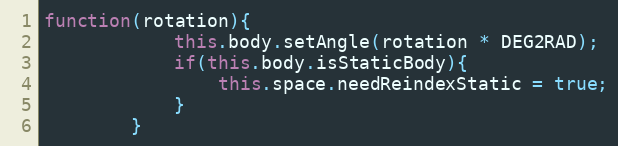
Language: JavaScript
function(rotation){
            this.body.setAngle(rotation * DEG2RAD);
            if(this.body.isStaticBody){
                this.space.needReindexStatic = true;
            }
        }